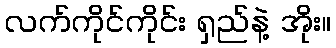
လက်ကိုင်ကိုင်း ရှည်နဲ့ အိုး။